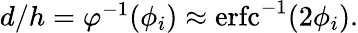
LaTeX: \begin{array}{r}{d/h=\varphi^{-1}(\phi_{i})\approx\operatorname{erfc}^{-1}(2\phi_{i}).}\end{array}